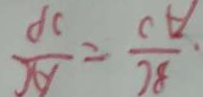
\frac { B C } { A O } = \frac { A C } { O P }